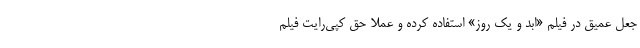
جعل عمیق در فیلم «ابد و یک روز» استفاده کرده و عملاً حق کپی‌رایت فیلم